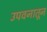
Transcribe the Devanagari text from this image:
उपवनातून